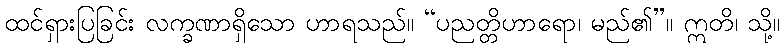
ထင်ရှားပြခြင်း လက္ခဏာရှိသော ဟာရသည်။ “ပညတ္တိဟာရော၊ မည်၏”။ ဣတိ၊ သို့။